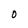
Character: O